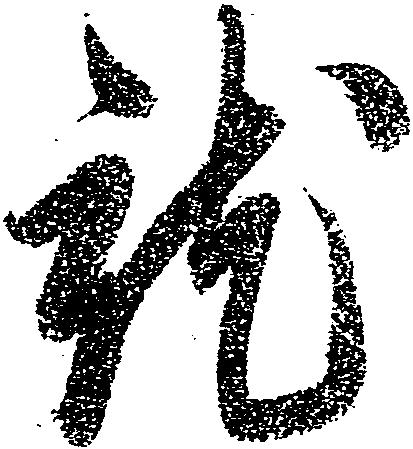
就